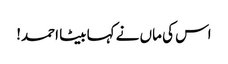
اس کی ماں نے کہا بیٹا احمد!